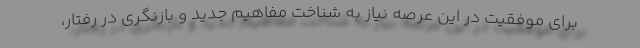
برای موفقیت در این عرصه نیاز به شناخت مفاهیم جدید و بازنگری در رفتار،